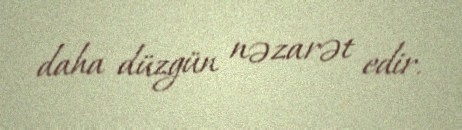
daha düzgün nəzarət edir.